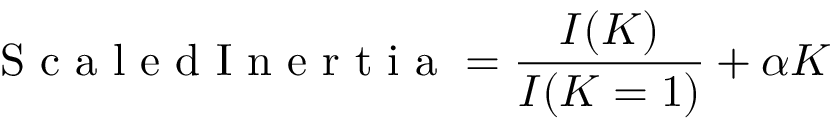
\mathrm { ~ S ~ c ~ a ~ l ~ e ~ d ~ I ~ n ~ e ~ r ~ t ~ i ~ a ~ } = \frac { I ( K ) } { I ( K = 1 ) } + \alpha K